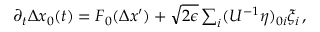
\begin{array} { r } { \partial _ { t } \Delta x _ { 0 } ( t ) = F _ { 0 } ( \Delta x ^ { \prime } ) + \sqrt { 2 \epsilon } \sum _ { i } ( U ^ { - 1 } \eta ) _ { 0 i } \xi _ { i } \, , } \end{array}